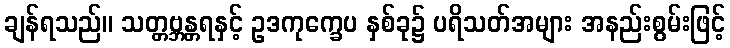
ချန်ရသည်။ သတ္တဗ္ဘန္တရနှင့် ဥဒကုက္ခေပ နှစ်ခု၌ ပရိသတ်အများ အနည်းစွမ်းဖြင့်